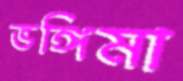
ভঙ্গিমা